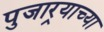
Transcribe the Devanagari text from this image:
पुजार्‍याच्या